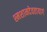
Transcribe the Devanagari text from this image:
श्मशानदेवतायागं